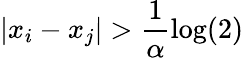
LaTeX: |x_{i}-x_{j}|>\frac{1}{\alpha}\log(2)